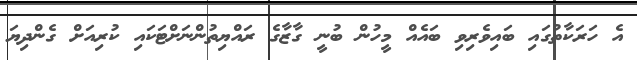
އެ ހަރަކާތުގައި ބައިވެރިވި ބައެއް މީހުން ބުނީ ގާޒާގެ ރައްޔިތުންނަށްޓަކައި ކުރިއަށް ގެންދިޔަ